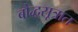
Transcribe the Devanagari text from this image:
बौद्धसूत्रात